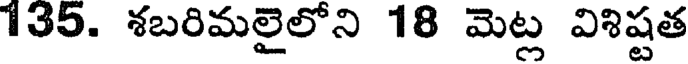
135. శబరిమలైలోని 18 మెట్ల విశిష్టత